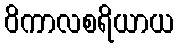
ဝိကာလစရိယာယ